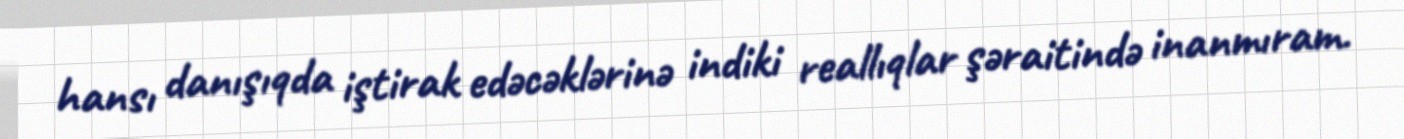
hansı danışıqda iştirak edəcəklərinə indiki reallıqlar şəraitində inanmıram.